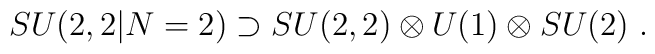
SU(2,2|N=2) \supset SU(2,2)\otimes U(1)\otimes SU(2)\ .